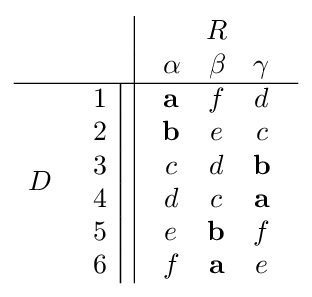
{\begin{array}{c c | c}&&R\\&&{\begin{array}{c c c }\alpha &\beta &\gamma \end{array}}\\\hline D&{\begin{array}{c | c c c }1\\2\\3\\4\\5\\6\end{array}}&{\begin{array}{c c c }\mathbf {a} &f&d\\\mathbf {b} &e&c\\c&d&\mathbf {b} \\d&c&\mathbf {a} \\e&\mathbf {b} &f\\f&\mathbf {a} &e\\\end{array}}\end{array}}